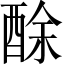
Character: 酴